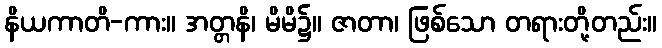
နိယကာတိ-ကား။ အတ္တနိ၊ မိမိ၌။ ဇာတာ၊ ဖြစ်သော တရားတို့တည်း။